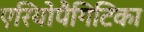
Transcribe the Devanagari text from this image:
एरियोपैगिटिका